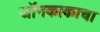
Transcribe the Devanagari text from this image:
जॉनकाकाचा